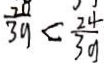
\frac { 2 0 } { 3 9 } < \frac { 2 4 } { 3 9 }